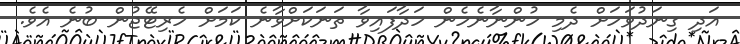
އަދި ގިނަދުވަހަށް ދެމި ހުންނާނެހެން ހަދާފައިވާ ތަނަކަށްވާނެ ކަމަށް ހެރިޓޭޖުން ބުނެ އެވެ.